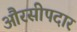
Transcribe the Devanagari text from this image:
औरसीपदार